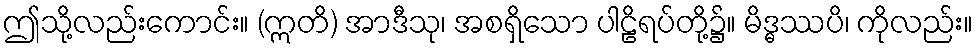
ဤသို့လည်းကောင်း။ (ဣတိ) အာဒီသု၊ အစရှိသော ပါဠိရပ်တို့၌။ မိဒ္ဓဿပိ၊ ကိုလည်း။